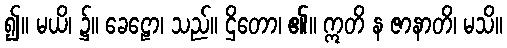
၍။ မယိ၊ ၌။ ခေဠော၊ သည်။ ဌိတော၊ ၏။ ဣတိ န ဇာနာတိ၊ မသိ။